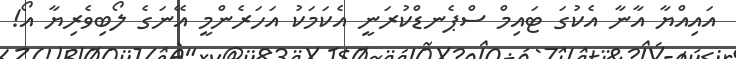
އައިއްޔާ އާނާ އެކުގަ ޓައިމް ސްޕެނޑްކުރަނީ އެކަމަކު އަހަރެންމީ އޭނަގެ ލޯބިވެރިޔާ އޯ!